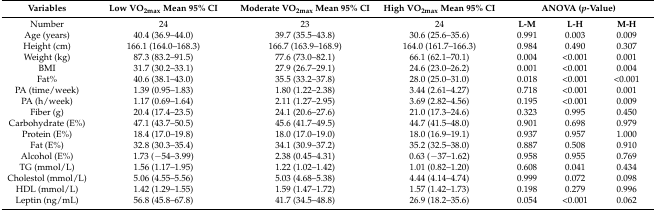
<table><thead><tr><td><b>Variables</b></td><td><b>Low VO<sub>2max</sub> Mean 95% CI</b></td><td><b>Moderate VO<sub>2max</sub> Mean 95% CI</b></td><td><b>High VO<sub>2max</sub> Mean 95% CI</b></td><td colspan="3"><b>ANOVA (<i>p</i>-Value)</b></td></tr></thead><tbody><tr><td>Number</td><td>24</td><td>23</td><td>24</td><td><b>L-M</b></td><td><b>L-H</b></td><td><b>M-H</b></td></tr><tr><td>Age (years)</td><td>40.4 (36.9–44.0)</td><td>39.7 (35.5–43.8)</td><td>30.6 (25.6–35.6)</td><td>0.991</td><td>0.003</td><td>0.009</td></tr><tr><td>Height (cm)</td><td>166.1 (164.0–168.3)</td><td>166.7 (163.9–168.9)</td><td>164.0 (161.7–166.3)</td><td>0.984</td><td>0.490</td><td>0.307</td></tr><tr><td>Weight (kg)</td><td>87.3 (83.2–91.5)</td><td>77.6 (73.0–82.1)</td><td>66.1 (62.1–70.1)</td><td>0.004</td><td>&lt;0.001</td><td>0.001</td></tr><tr><td>BMI</td><td>31.7 (30.2–33.1)</td><td>27.9 (26.7–29.1)</td><td>24.6 (23.0–26.2)</td><td>0.001</td><td>&lt;0.001</td><td>0.004</td></tr><tr><td>Fat%</td><td>40.6 (38.1–43.0)</td><td>35.5 (33.2–37.8)</td><td>28.0 (25.0–31.0)</td><td>0.018</td><td>&lt;0.001</td><td>&lt;0.001</td></tr><tr><td>PA (time/week)</td><td>1.39 (0.95–1.83)</td><td>1.80 (1.22–2.38)</td><td>3.44 (2.61–4.27)</td><td>0.718</td><td>&lt;0.001</td><td>0.001</td></tr><tr><td>PA (h/week)</td><td>1.17 (0.69–1.64)</td><td>2.11 (1.27–2.95)</td><td>3.69 (2.82–4.56)</td><td>0.195</td><td>&lt;0.001</td><td>0.009</td></tr><tr><td>Fiber (g)</td><td>20.4 (17.4–23.5)</td><td>24.1 (20.6–27.6)</td><td>21.0 (17.3–24.6)</td><td>0.323</td><td>0.995</td><td>0.450</td></tr><tr><td>Carbohydrate (E%)</td><td>47.1 (43.7–50.5)</td><td>45.6 (41.7–49.5)</td><td>44.7 (41.5–48.0)</td><td>0.901</td><td>0.698</td><td>0.979</td></tr><tr><td>Protein (E%)</td><td>18.4 (17.0–19.8)</td><td>18.0 (17.0–19.0)</td><td>18.0 (16.9–19.1)</td><td>0.937</td><td>0.957</td><td>1.000</td></tr><tr><td>Fat (E%)</td><td>32.8 (30.3–35.4)</td><td>34.1 (30.9–37.2)</td><td>35.2 (32.5–38.0)</td><td>0.887</td><td>0.508</td><td>0.910</td></tr><tr><td>Alcohol (E%)</td><td>1.73 (−54–3.99)</td><td>2.38 (0.45–4.31)</td><td>0.63 (−37–1.62)</td><td>0.958</td><td>0.955</td><td>0.769</td></tr><tr><td>TG (mmol/L)</td><td>1.56 (1.17–1.95)</td><td>1.22 (1.02–1.42)</td><td>1.01 (0.82–1.20)</td><td>0.608</td><td>0.041</td><td>0.434</td></tr><tr><td>Cholestol (mmol/L)</td><td>5.06 (4.55–5.56)</td><td>5.03 (4.68–5.38)</td><td>4.44 (4.14–4.74)</td><td>0.999</td><td>0.072</td><td>0.098</td></tr><tr><td>HDL (mmol/L)</td><td>1.42 (1.29–1.55)</td><td>1.59 (1.47–1.72)</td><td>1.57 (1.42–1.73)</td><td>0.198</td><td>0.279</td><td>0.996</td></tr><tr><td>Leptin (ng/mL)</td><td>56.8 (45.8–67.8)</td><td>41.7 (34.5–48.8)</td><td>26.9 (18.2–35.6)</td><td>0.054</td><td>&lt;0.001</td><td>0.062</td></tr></tbody></table>